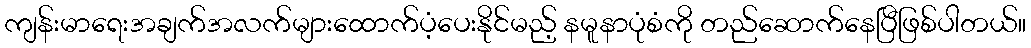
ကျန်းမာရေးအချက်အလက်များထောက်ပံ့ပေးနိုင်မည့် နမူနာပုံစံကို တည်ဆောက်နေပြီဖြစ်ပါတယ်။